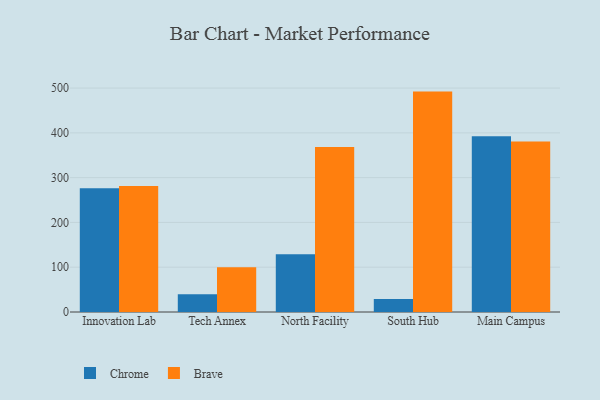
{"axis": {"x": "Campus", "y": "Headcount"}, "legend": ["Brave", "Chrome"], "data": [{"x": "Innovation Lab", "y": 276.2, "type": "Chrome"}, {"x": "Innovation Lab", "y": 281.6, "type": "Brave"}, {"x": "Tech Annex", "y": 39.5, "type": "Chrome"}, {"x": "Tech Annex", "y": 100.1, "type": "Brave"}, {"x": "North Facility", "y": 128.8, "type": "Chrome"}, {"x": "North Facility", "y": 368.6, "type": "Brave"}, {"x": "South Hub", "y": 29.3, "type": "Chrome"}, {"x": "South Hub", "y": 492.1, "type": "Brave"}, {"x": "Main Campus", "y": 392.6, "type": "Chrome"}, {"x": "Main Campus", "y": 380.9, "type": "Brave"}]}